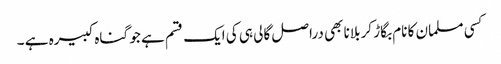
کسی مسلمان کا نام بگاڑ کر بلانا بھی دراصل گالی ہی کی ایک قسم ہے جو گناہ کبیرہ ہے ۔